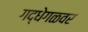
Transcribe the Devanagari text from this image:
गद्धेगळवर